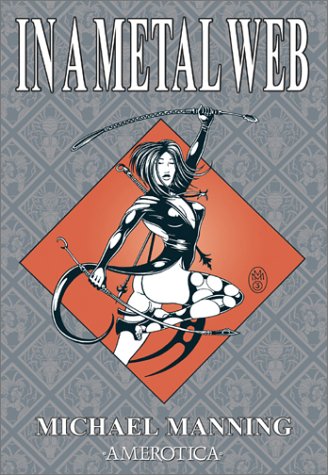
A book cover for In a Metal Web (Spider Garden); Michael Manning; Comics & Graphic Novels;